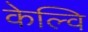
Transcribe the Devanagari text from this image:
केल्वि